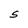
Character: S